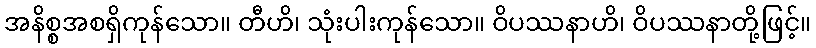
အနိစ္စအစရှိကုန်သော။ တီဟိ၊ သုံးပါးကုန်သော။ ဝိပဿနာဟိ၊ ဝိပဿနာတို့ဖြင့်။